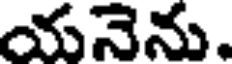
యనెను.